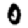
Digit: 0